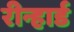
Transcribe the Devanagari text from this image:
रीन्हार्ड